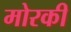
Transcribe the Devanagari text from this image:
मोरकी